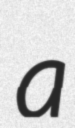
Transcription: a